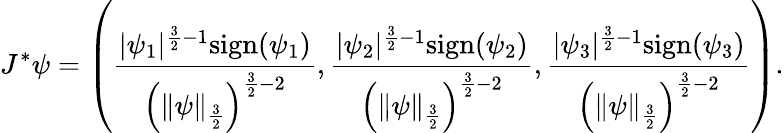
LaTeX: J^{*}\psi=\left(\frac{|\psi_{1}|^{\frac 32-1}\mathrm{sign}(\psi_{1})}{\left(\| \psi\| _{\frac 32}\right)^{\frac 32-2}},\frac{|\psi_{2}|^{\frac 32-1}\mathrm{sign}(\psi_{2})}{\left(\| \psi\| _{\frac 32}\right)^{\frac 32-2}},\frac{|\psi_{3}|^{\frac 32-1}\mathrm{sign}(\psi_{3})}{\left(\| \psi\| _{\frac 32}\right)^{\frac 32-2}}\right).